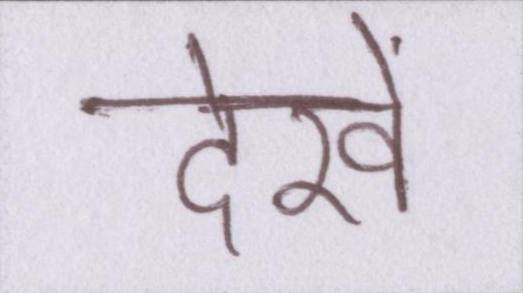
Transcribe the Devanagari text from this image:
देखें